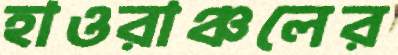
হাওরাঞ্চলের